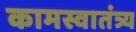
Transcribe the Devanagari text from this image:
कामस्वातंत्र्य